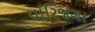
પારિજગા